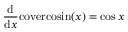
{ \frac { \mathrm { d } } { \mathrm { d } x } } \mathrm { c o v e r c o s i n } ( x ) = \cos { x }